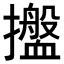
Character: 𢹋